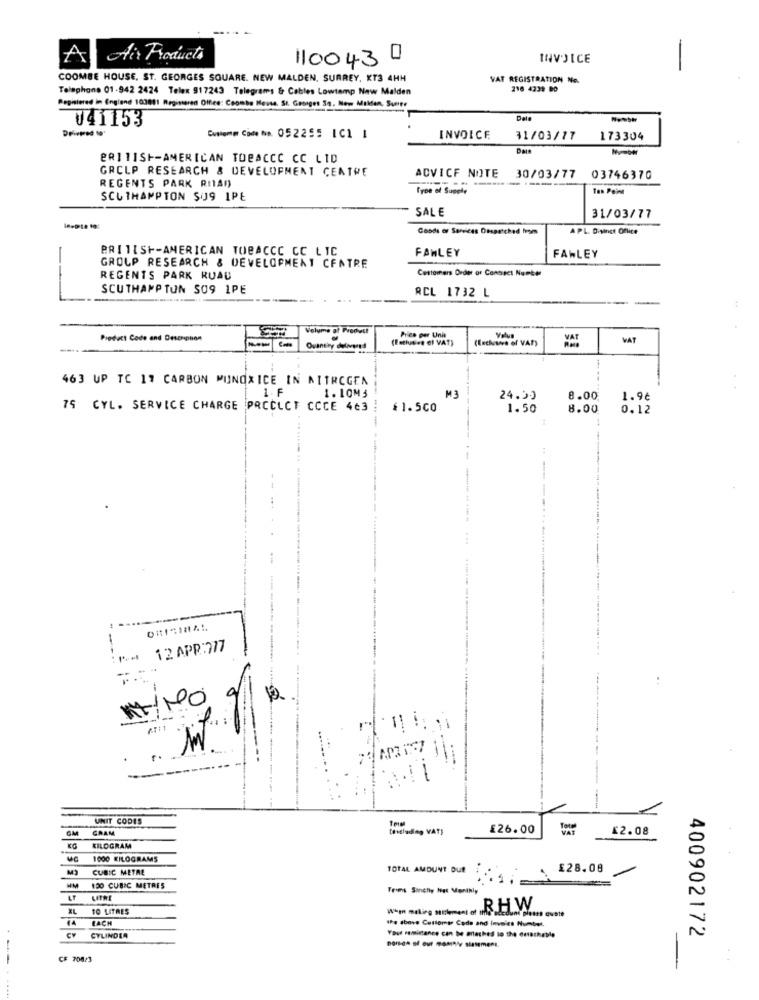
A
Aix Products
110043
INVOICE
-
COOMBE HOUSE, ST. GEORGES SQUARE. NEW MALDEN, SURREY, KT3 4HH
VAT REGISTRATION No.
Telephone 01-942 2424 Telex 917243 Telegrams & Cables Lowtemp New Malden
216 4239 DO
Registered in England 103811 Registered Office: Coombs Mente. St. Ganges 3. Now Makten, Sumer
041153
Dela
Driemed to
Customer Come No. 052255 101 1
INVOICE
31/03/17
173304
Dain
BRITISH-AMERICAN TOBACCO CC LID
GRCLP RESEARCH & DEVELOPMENT CENTRE
ADVICE NOTE
30/03/77
03746370
REGENTS PARK RIAD
Type of Supply
Tan Point
SCUTHAMPTON SU9 1PE
SALE
31/03/77
Goods or Services Osspatched from
A PL. Disinct Office
BRITISH-AMERICAN TOBACCO CC LIC
FAMLEY
FAWLEY
-
GROUP RESEARCH & DEVELOPMENT CENTRE
Customers Order or Contact Number
REGENTS PARK RUAD
SCUTHAMPTON SO9 1PE
RCL 1732 L
Volume of Product
Price per Unit
Product Code and Descripnon
(Enchose of VAT)
Volun
VAT
WAT
Ouuntiry delivered
463 UP TC 17 CARBON MUNOX ICE IN NITROGEN
1.F
1.10M5
M3
24.50
8.00
1.9€
75 CYL. SERVICE CHARGE PRCCLCF CCCE 463
$1.500
1.50
8.00
0.12
---
------
12 APR:777
NO
APZ
---
UNIT CODES
GM
GRAM
teicluding VAT)
£26.00
£2.08
KILOGRAM
1000 KILOGRAMS
M3
CUBIC METAL
TOTAL AMOUNT DUE
£28.08
100 CUBIC METRES
Troms Sinchy Hat Monthly
LT
KL
10 LITRES
When meling sattement of the aledund piesss custe
R.HW
EACH
the above Customer Cada and invoice Number.
CYLINDER
Vous remittance can be artethed to the detachable
400902172
CF 708/3
-